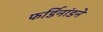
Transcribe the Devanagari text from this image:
फर्डिनांडने